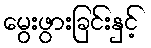
မွေးဖွားခြင်းနှင့်